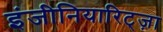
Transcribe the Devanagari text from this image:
इंजीनियारिट्ज़ा